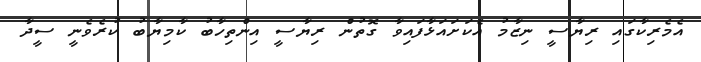
އެމެރިކާގައި ރިޔާސީ ނިޒާމު އެކަށައަޅާފައިވާ ގޮތުން ރިޔާސީ އިންތިހާބު ކާމިޔާބު ކުރެވެނީ ސީދާ